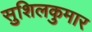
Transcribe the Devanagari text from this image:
सुशिलकुमार